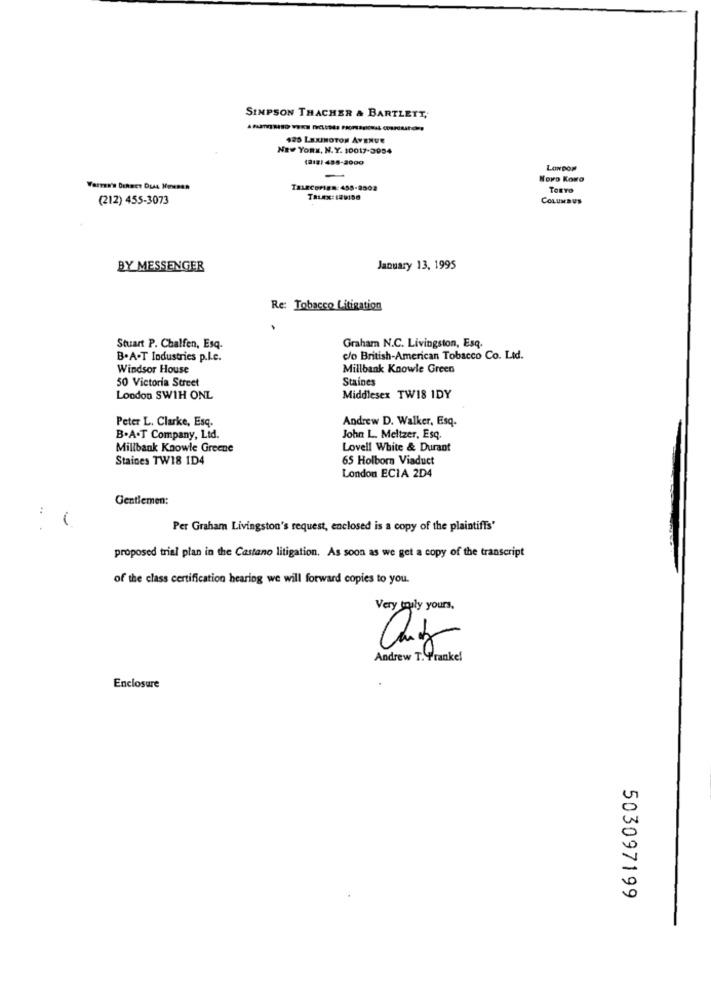
SIMPSON THACHER & BARTLETT,
425 LEXINGTON AVENUE
NEW YORK, N.Y. 10017-3054
(212/ 435-2000
LONDON
-
Noro Kowo
TORTO
(212) 455-3073
TELEX: 120108
COLUMBUS
BY MESSENGER
January 13, 1995
Re: Tobacco Litigation
Stuart P. Chalfen, Esq.
Graham N.C. Livingston, Esq.
B.A.T Industries p.L.c.
c/o British-American Tobacco Co. Ltd.
Windsor House
Millbank Knowle Green
50 Victoria Street
Staines
London SWIH ONL
Middlesex TW18 IDY
Peter L. Clarke, Esq.
Andrew D. Walker, Esq.
B.A.T Company, Ltd.
John L. Meltzer, Esq.
Millbank Knowle Greene
Lovell White & Durant
Staines TW18 1D4
65 Holborn Viaduct
London ECIA 2D4
Gentlemen:
1
Per Graham Livingston's request, enclosed is a copy of the plaintiffs'
proposed trial plan in the Castano litigation. As soon as we get a copy of the transcript
of the class certification hearing we will forward copies to you.
Very truly yours.
Andrew T. Frankel
Enclosure
503097199